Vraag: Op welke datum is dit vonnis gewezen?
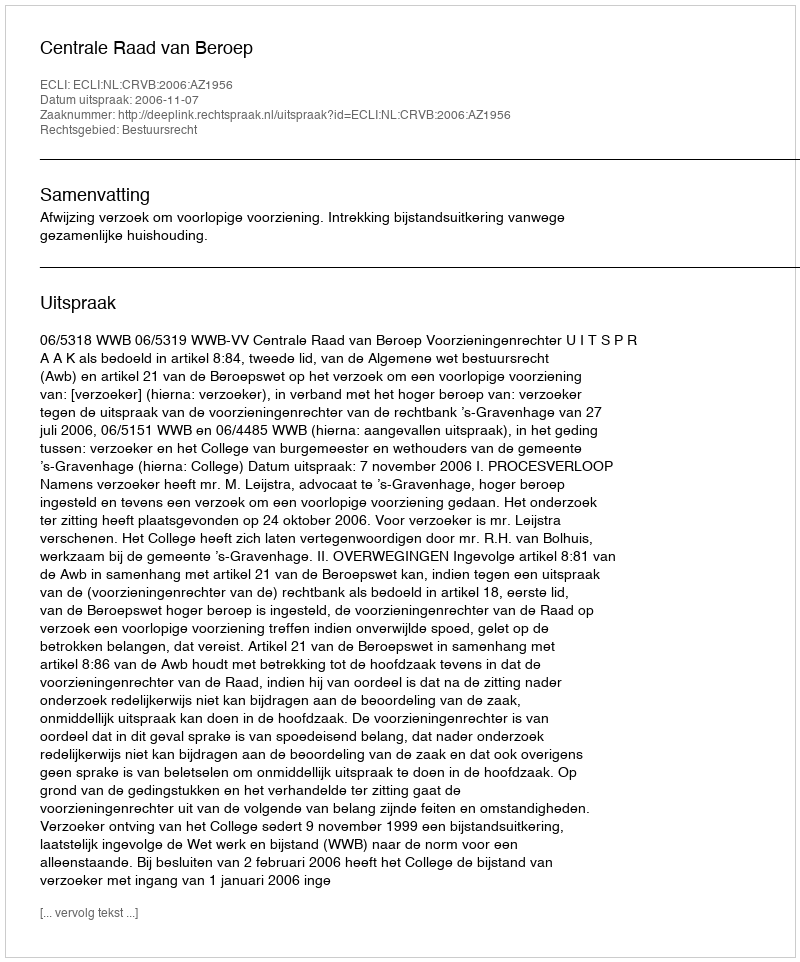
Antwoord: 2006-11-07